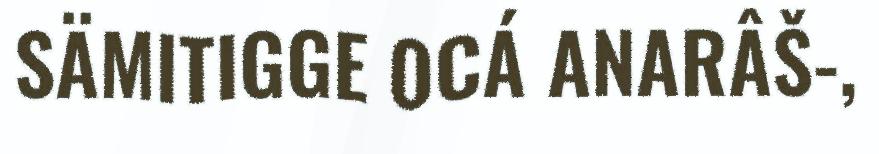
SÄMITIGGE OCÁ ANARÂŠ-,